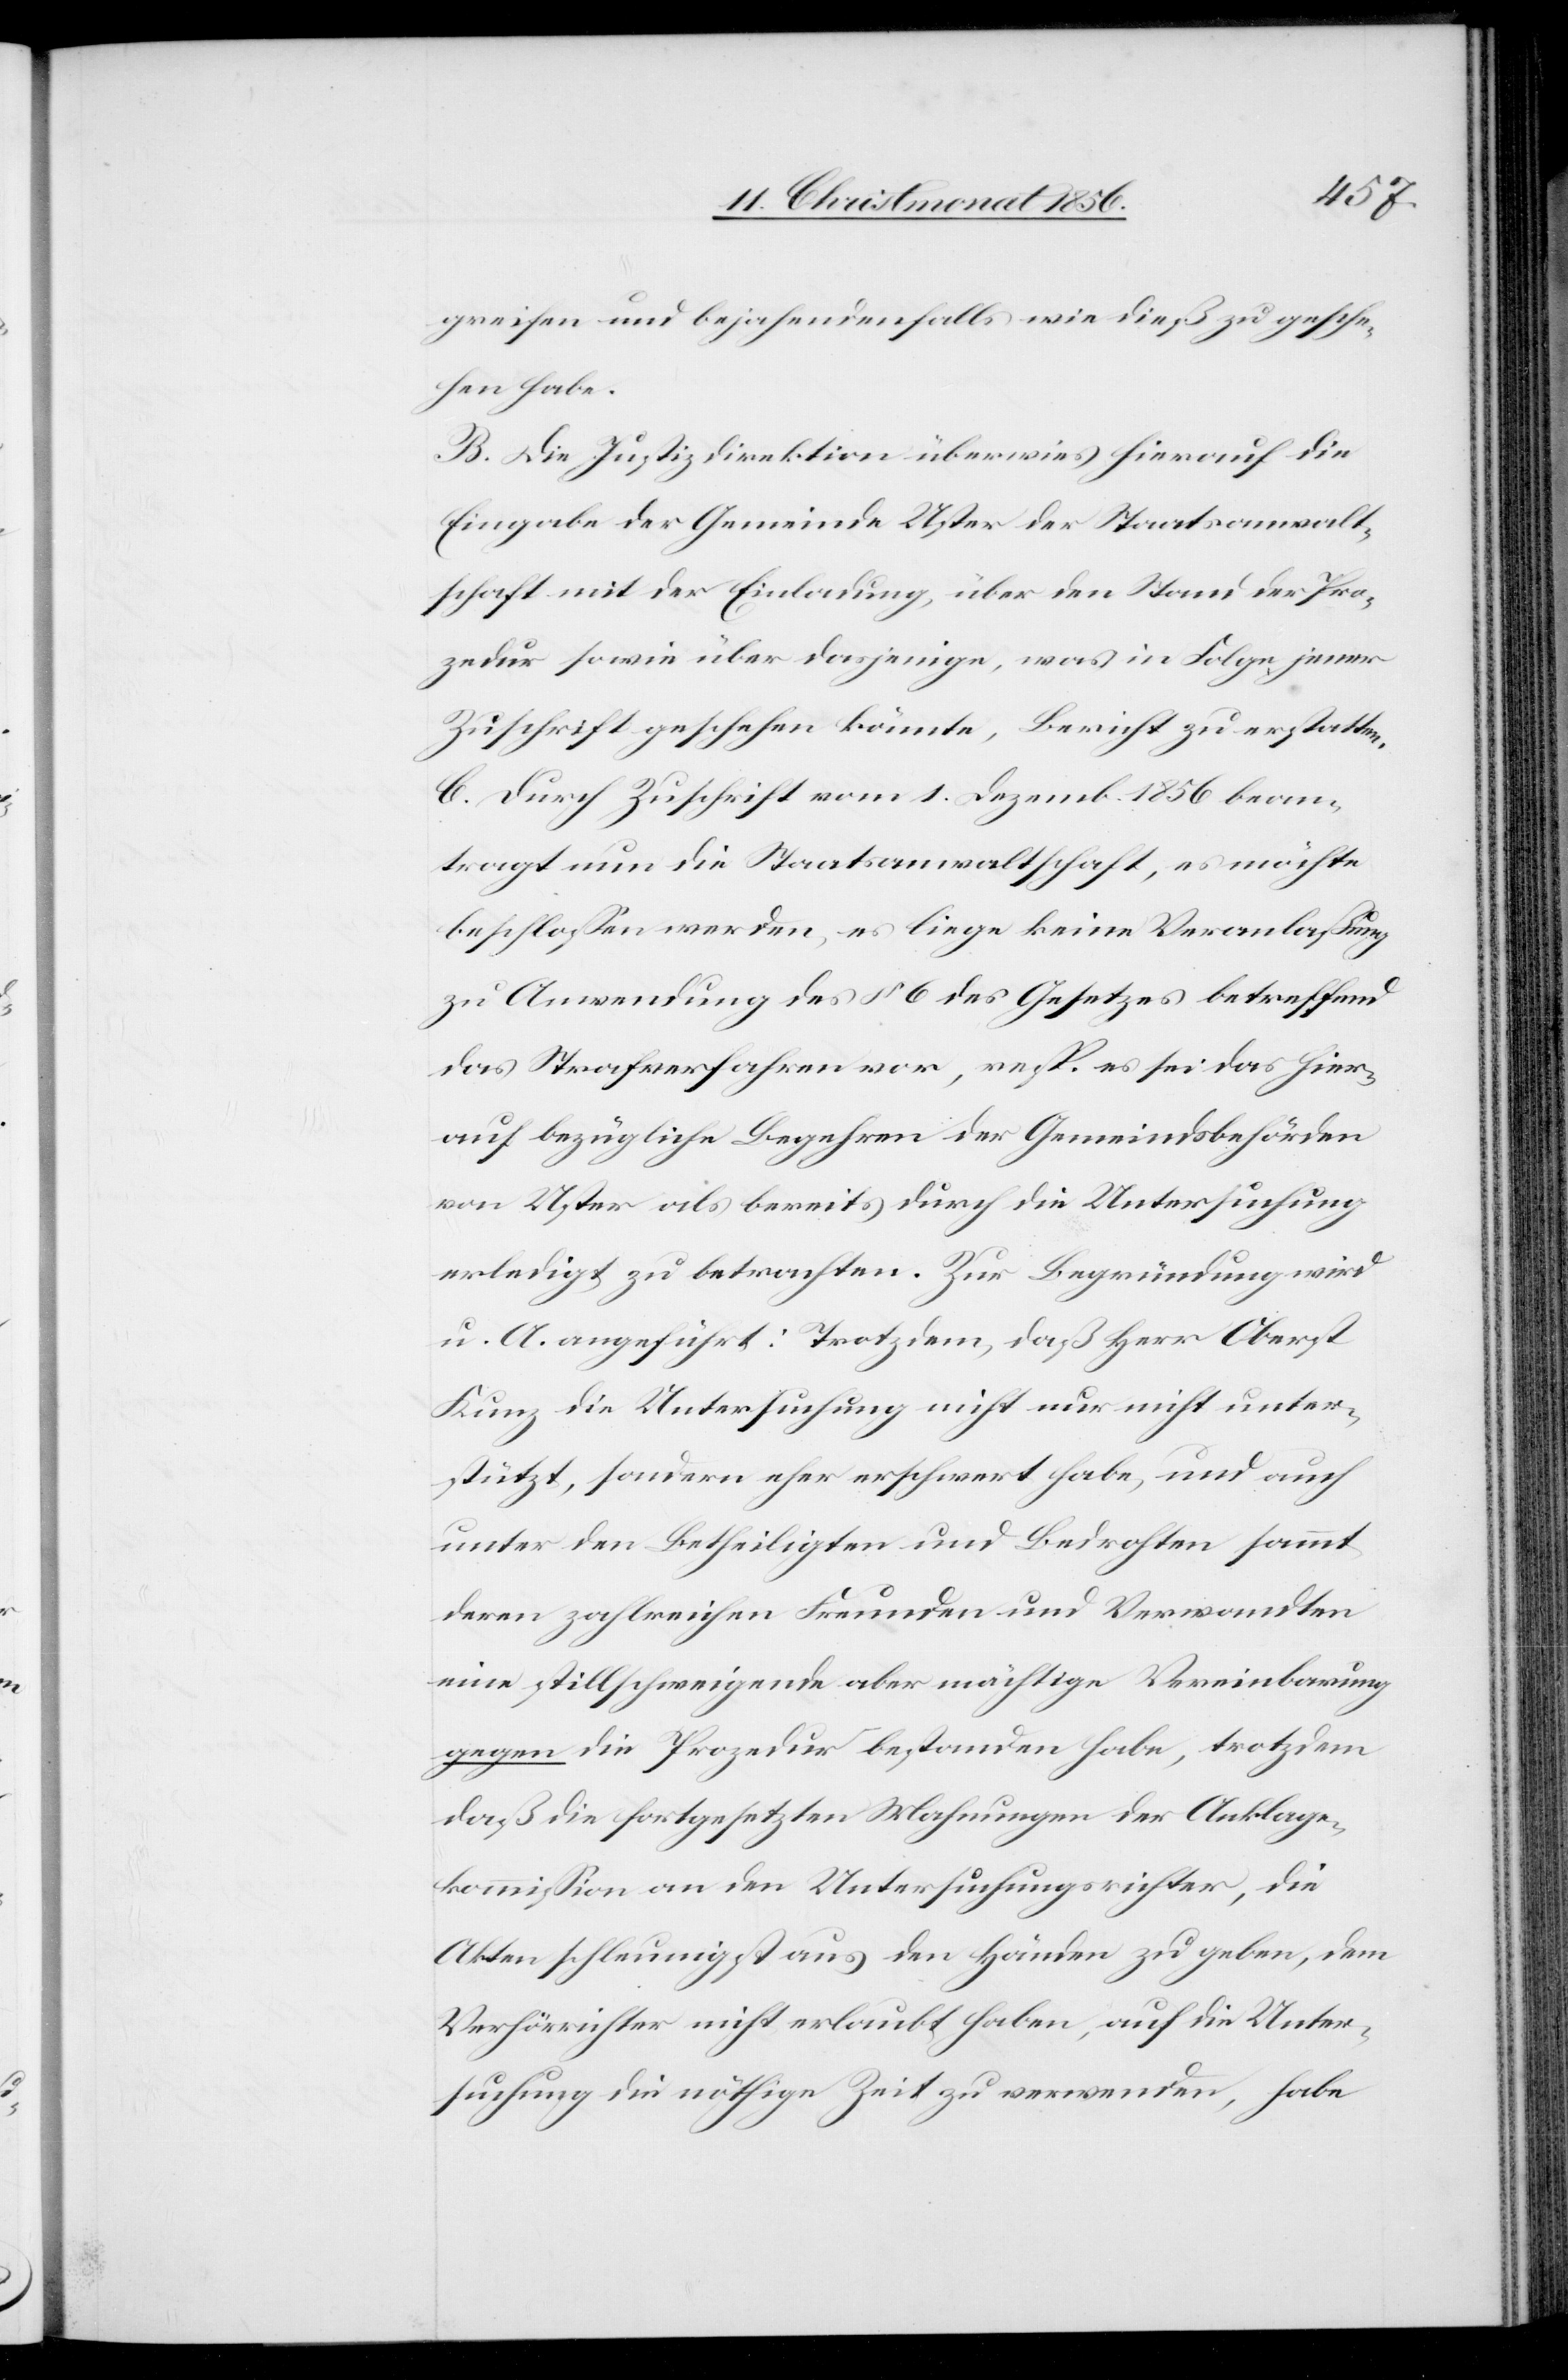
greifen und bejahendenfalls wie dieß zu gesche¬
hen habe.
B. Die Justizdirektion überwies hierauf die
Eingabe der Gemeinde Uster der Staatsanwalt¬
schaft mit der Einladung, über den Stand der Pro¬
zedur sowie über dasjenige, was in Folge jener
Zuschrift geschehen könnte, Bericht zu erstatten.
C. Durch Zuschrift vom 1. Dezemb. 1856 bean¬
tragt nun die Staatsanwaltschaft, es möchte
beschlossen werden, es liege keine Veranlaßung
zu Anwendung des § 6 des Gesetzes betreffend
das Strafverfahren vor, resp. es sei das hier¬
auf bezügliche Begehren der Gemeindsbehörden
von Uster als bereits durch die Untersuchung
erledigt zu betrachten. Zur Begründung wird
u. A. angeführt: Trotzdem, daß Herr Oberst
Kunz die Untersuchung nicht nur nicht unter¬
stützt, sondern eher erschwert habe, und auch
unter den Betheiligten und Bedrohten sammt
deren zahlreichen Freunden und Verwandten
eine stillschweigende aber mächtige Vereinbarung
gegen die Prozedur bestanden habe, trotzdem
daß die fortgesetzten Mahnungen der Anklage¬
kommission an den Untersuchungsrichter, die
Akten schleunigst aus den Händen zu geben, dem
Verhörrichter nicht erlaubt haben, auf die Unter¬
suchung die nöthige Zeit zu verwenden, habe